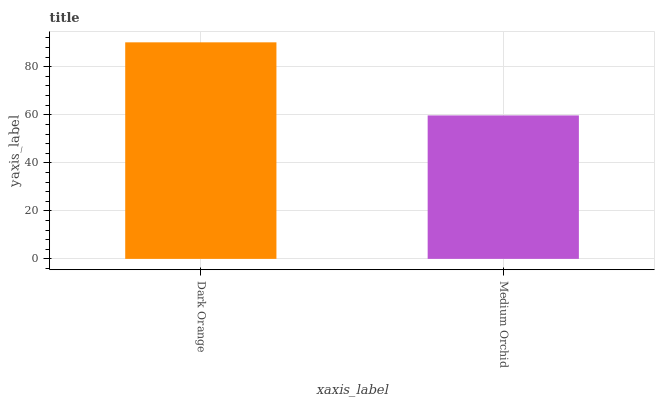
| xaxis_label | bars |
 | --- | --- |
 | Dark Orange | 90.2 |
 | Medium Orchid | 59.7 |